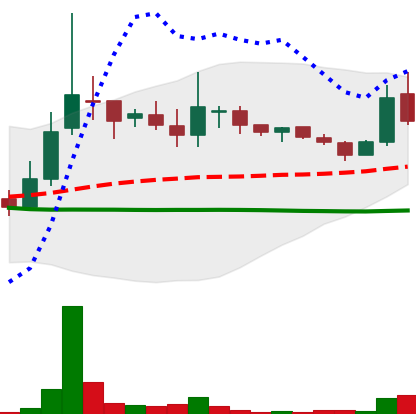
Ticker: LINK-USD
Chart end date: 2018-10-06
Forward return: -10.322%
Label: down_7plus